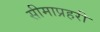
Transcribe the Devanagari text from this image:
सीमाप्रहरी